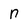
Character: n